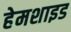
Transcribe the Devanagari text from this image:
हेमशाइड